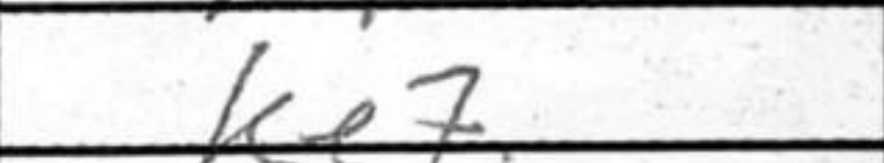
Transcription: Ke7